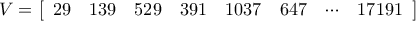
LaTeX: V = { \left[ \begin{array} { l l l l l l l l } { 2 9 } & { 1 3 9 } & { 5 2 9 } & { 3 9 1 } & { 1 0 3 7 } & { 6 4 7 } & { \cdots } & { 1 7 1 9 1 } \end{array} \right] }